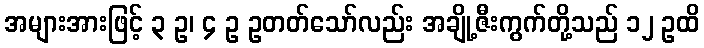
အများအားဖြင့် ၃ ဥ၊ ၄ ဥ ဥတတ်သော်လည်း အချို့ဇီးကွက်တို့သည် ၁၂ ဥထိ